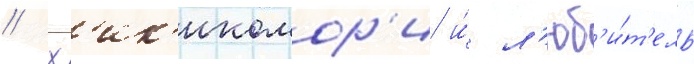
// Х'ик'икомор'и и́ л'юб'и́т'ель